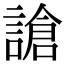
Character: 謒